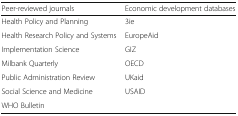
<table><thead><tr><td><b>Peer-reviewed journals</b></td><td><b>Economic development databases</b></td></tr></thead><tbody><tr><td>Health Policy and Planning</td><td>3ie</td></tr><tr><td>Health Research Policy and Systems</td><td>EuropeAid</td></tr><tr><td>Implementation Science</td><td>GIZ</td></tr><tr><td>Milbank Quarterly</td><td>OECD</td></tr><tr><td>Public Administration Review</td><td>UKaid</td></tr><tr><td>Social Science and Medicine</td><td>USAID</td></tr><tr><td>WHO Bulletin</td><td></td></tr></tbody></table>